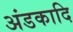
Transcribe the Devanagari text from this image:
अंडकादि